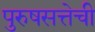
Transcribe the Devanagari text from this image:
पुरुषसत्तेची